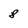
Character: 8